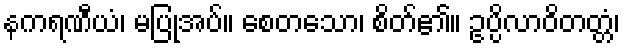
နကရဏီယံ၊ မပြုအပ်။ စေတသော၊ စိတ်၏။ ဥပ္ပိလာဝိတတ္တံ၊